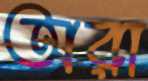
অরা